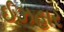
ઈઝહાર